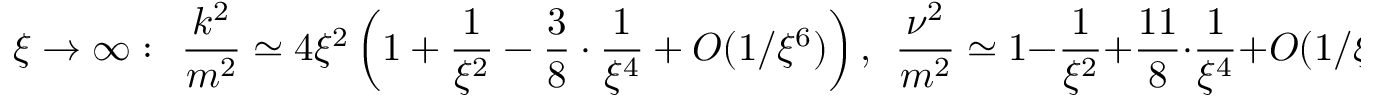
\xi \rightarrow \infty : \ \ \frac { k ^ { 2 } } { m ^ { 2 } } \simeq 4 \xi ^ { 2 } \left( 1 + \frac { 1 } { \xi ^ { 2 } } - \frac { 3 } { 8 } \cdot \frac { 1 } { \xi ^ { 4 } } + { \cal O } ( 1 / \xi ^ { 6 } ) \right) , \ \ \frac { \nu ^ { 2 } } { m ^ { 2 } } \simeq 1 - \frac { 1 } { \xi ^ { 2 } } + \frac { 1 1 } { 8 } \cdot \frac { 1 } { \xi ^ { 4 } } + { \cal O } ( 1 / \xi ^ { 6 } ) ,